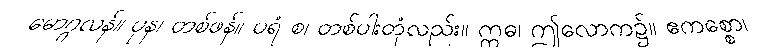
မောဂ္ဂလန်။ ပုန၊ တစ်ဖန်။ ပရံ စ၊ တစ်ပါးတုံလည်း။ ဣဓ၊ ဤလောက၌။ ဧကစ္စော၊